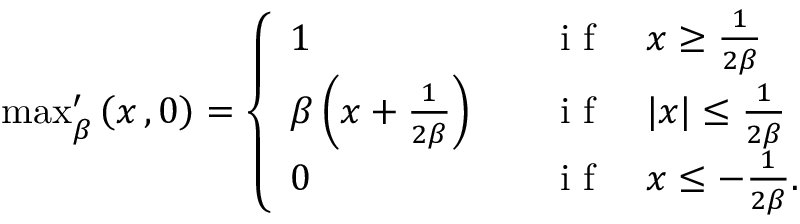
\begin{array} { r } { \operatorname* { m a x } _ { \beta } ^ { \prime } \left( x \, , 0 \right) = \left\{ \begin{array} { l l } { 1 } & { \quad \mathrm { ~ i ~ f ~ } \quad x \ge \frac { 1 } { 2 \beta } } \\ { \beta \left( x + \frac { 1 } { 2 \beta } \right) } & { \quad \mathrm { ~ i ~ f ~ } \quad | x | \le \frac { 1 } { 2 \beta } } \\ { 0 } & { \quad \mathrm { ~ i ~ f ~ } \quad x \le - \frac { 1 } { 2 \beta } . } \end{array} \right. } \end{array}